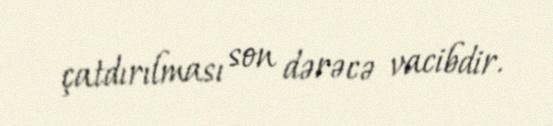
çatdırılması son dərəcə vacibdir.